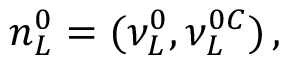
n _ { L } ^ { \tiny { 0 } } = ( \nu _ { L } ^ { \tiny { 0 } } , { \nu } _ { L } ^ { \tiny { 0 } C } ) \, ,